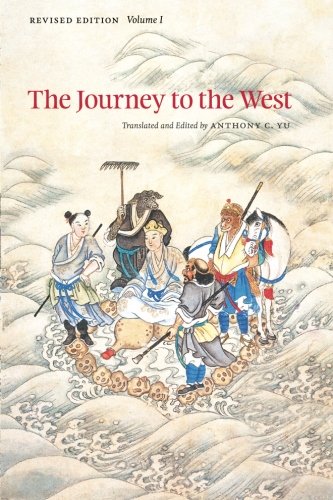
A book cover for The Journey to the West, Revised Edition, Volume 1; Literature & Fiction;